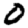
Digit: 0